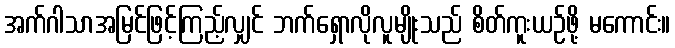
အက်ဂါသာအမြင်ဖြင့်ကြည့်လျှင် ဘက်ရှောလိုလူမျိုးသည် စိတ်ကူးယဉ်ဖို့ မကောင်း။